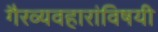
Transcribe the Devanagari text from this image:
गैरव्यवहारांविषयी